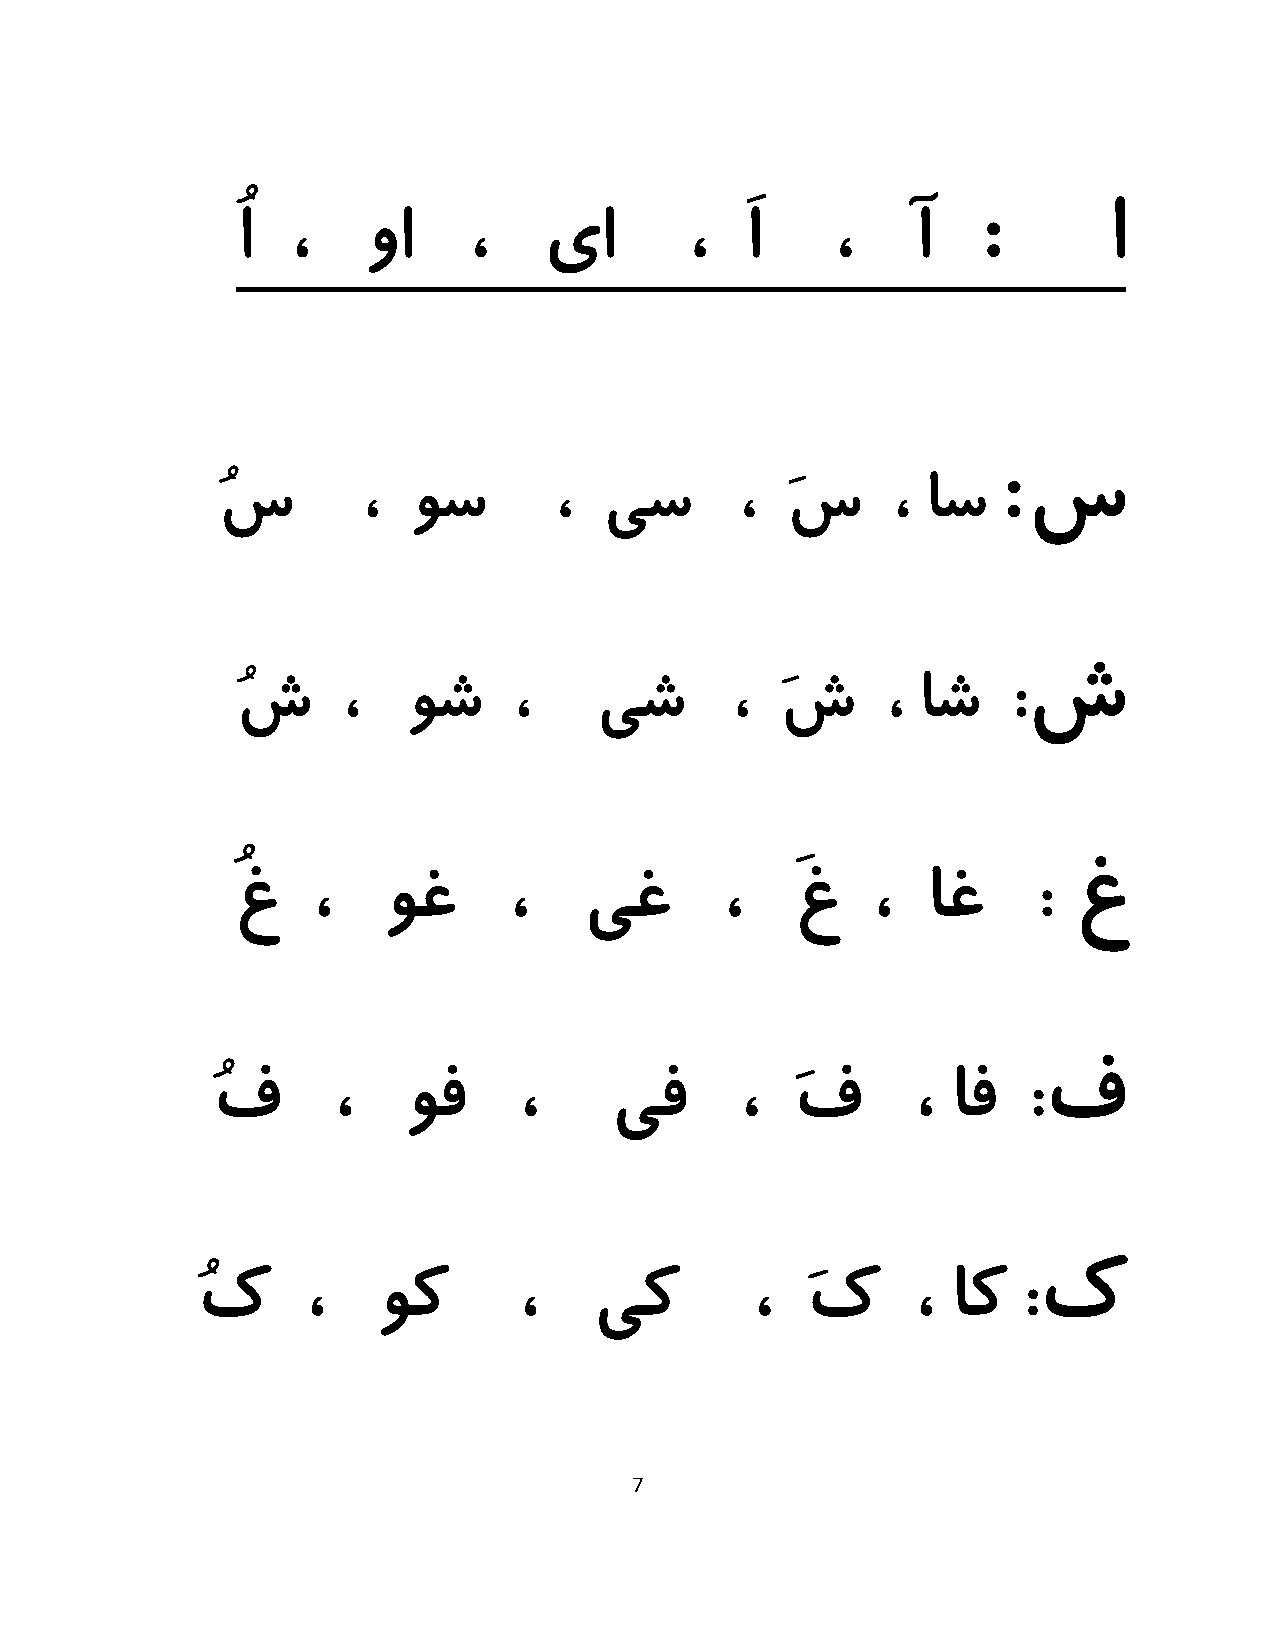
ُا ،    وا     ،    یا        ،  َا    ،    آ    :       ا
 :
 س
 ُس        ،  وس        ،  یس       ،  َس     ، اس
 ش
 ُش     ،   وش     ،    یش       ،   َش     ، اش    :
 ُغ    ،   وغ       ،    یغ       ،    َغ   ،  اغ      : غ
 ُف      ،    وف     ،     یف       ،   َف      ، اف   :ف
 ُک     ،    وک       ،    یک         ،  َک      ، اک   :ک
 7